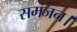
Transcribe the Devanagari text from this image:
समंजन।